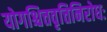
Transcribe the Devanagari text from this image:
योगश्चित्तवृत्तिनिरोधः